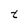
Character: t